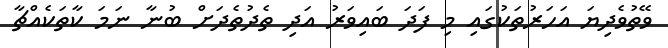
ވޭތުވެދިޔަ އަހަރުތަކުގައި މި ފަދަ ބައިވަރު އަދި ތެދުތެދަށް ބުނާ ނަަމަ ކާތަކެއްޗާ